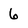
Character: 6